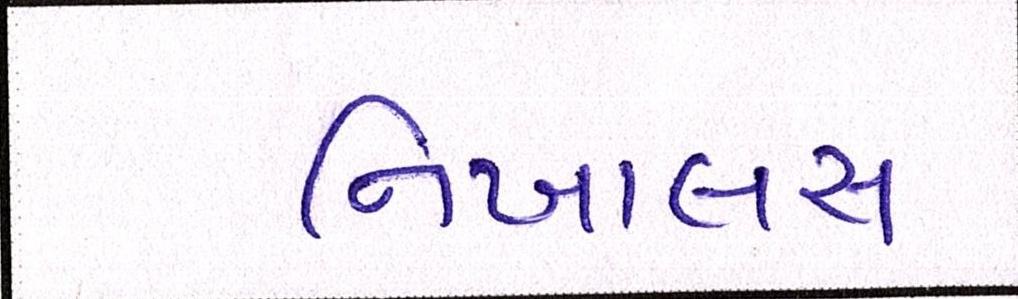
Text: નિખાલસ